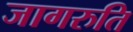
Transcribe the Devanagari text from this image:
जागरुति